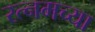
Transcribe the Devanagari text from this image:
रत्नमच्या